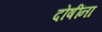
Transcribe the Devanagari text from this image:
दोषींना